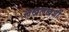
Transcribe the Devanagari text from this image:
लखलखशी